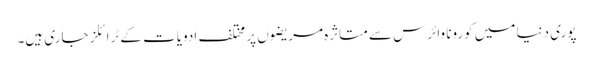
پوری دنیا میں کورونا وائرس سے متاثرہ مریضوں پر مختلف ادویات کے ٹرائلز جاری ہیں۔